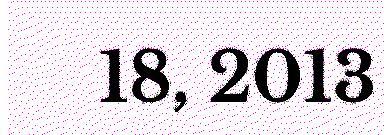
18, 2013